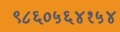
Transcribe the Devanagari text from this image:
९८६०५६४१५४